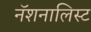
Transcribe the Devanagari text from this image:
नॅशनालिस्ट